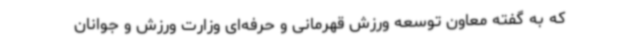
که به گفته معاون توسعه‌ ورزش قهرمانی و حرفه‌ای وزارت ورزش و جوانان